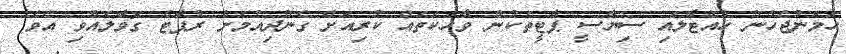
ހަމަނުޖެހުން ހުއްޓާލައި ސިޔާސީ ޕާޓީތަކުން ވާހަކަތައް ކުރިއަށް ގެންދިއުމަށް ރުޕާޓް ގޮވާލެއްވި އެވެ.